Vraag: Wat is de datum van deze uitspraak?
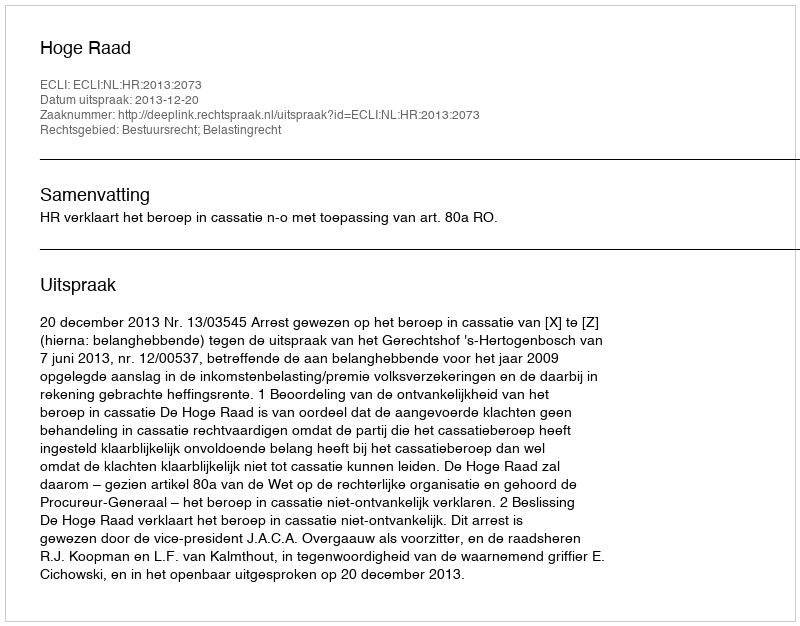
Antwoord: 2013-12-20